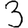
Digit: 3